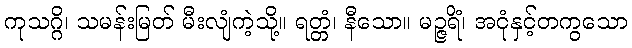
ကုသဂ္ဂိ၊ သမန်းမြတ် မီးလျံကဲ့သို့။ ရတ္တံ၊ နီသော။ မဉ္ဇရိံ၊ အငုံနှင့်တကွသော